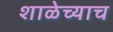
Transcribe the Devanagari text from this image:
शाळेच्याच